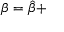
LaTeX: \beta = \hat { \beta } +